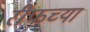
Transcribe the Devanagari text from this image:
रीफच्या